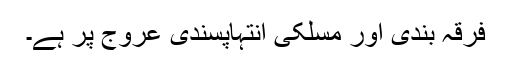
فرقہ بندی اور مسلکی انتہاپسندی عروج پر ہے۔